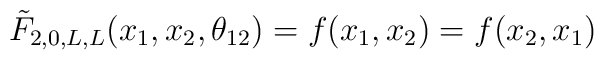
\tilde {F}_{2,0, L,L} (x_1, x_2, \theta_{12}) = f (x_1, x_2) = f(x_2,x_1)